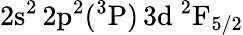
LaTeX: \mathrm{2s^{2}\, 2p^{2}(^{3}P)\, 3d~^{2}F_{5/2}}